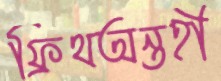
ফ্রিথঅন্তহী